DOW-UAP-D49, Launch Summary, Vandenberg AFB, 2000
Agency: Department of War
Incident date: 2/3/00
Page 92
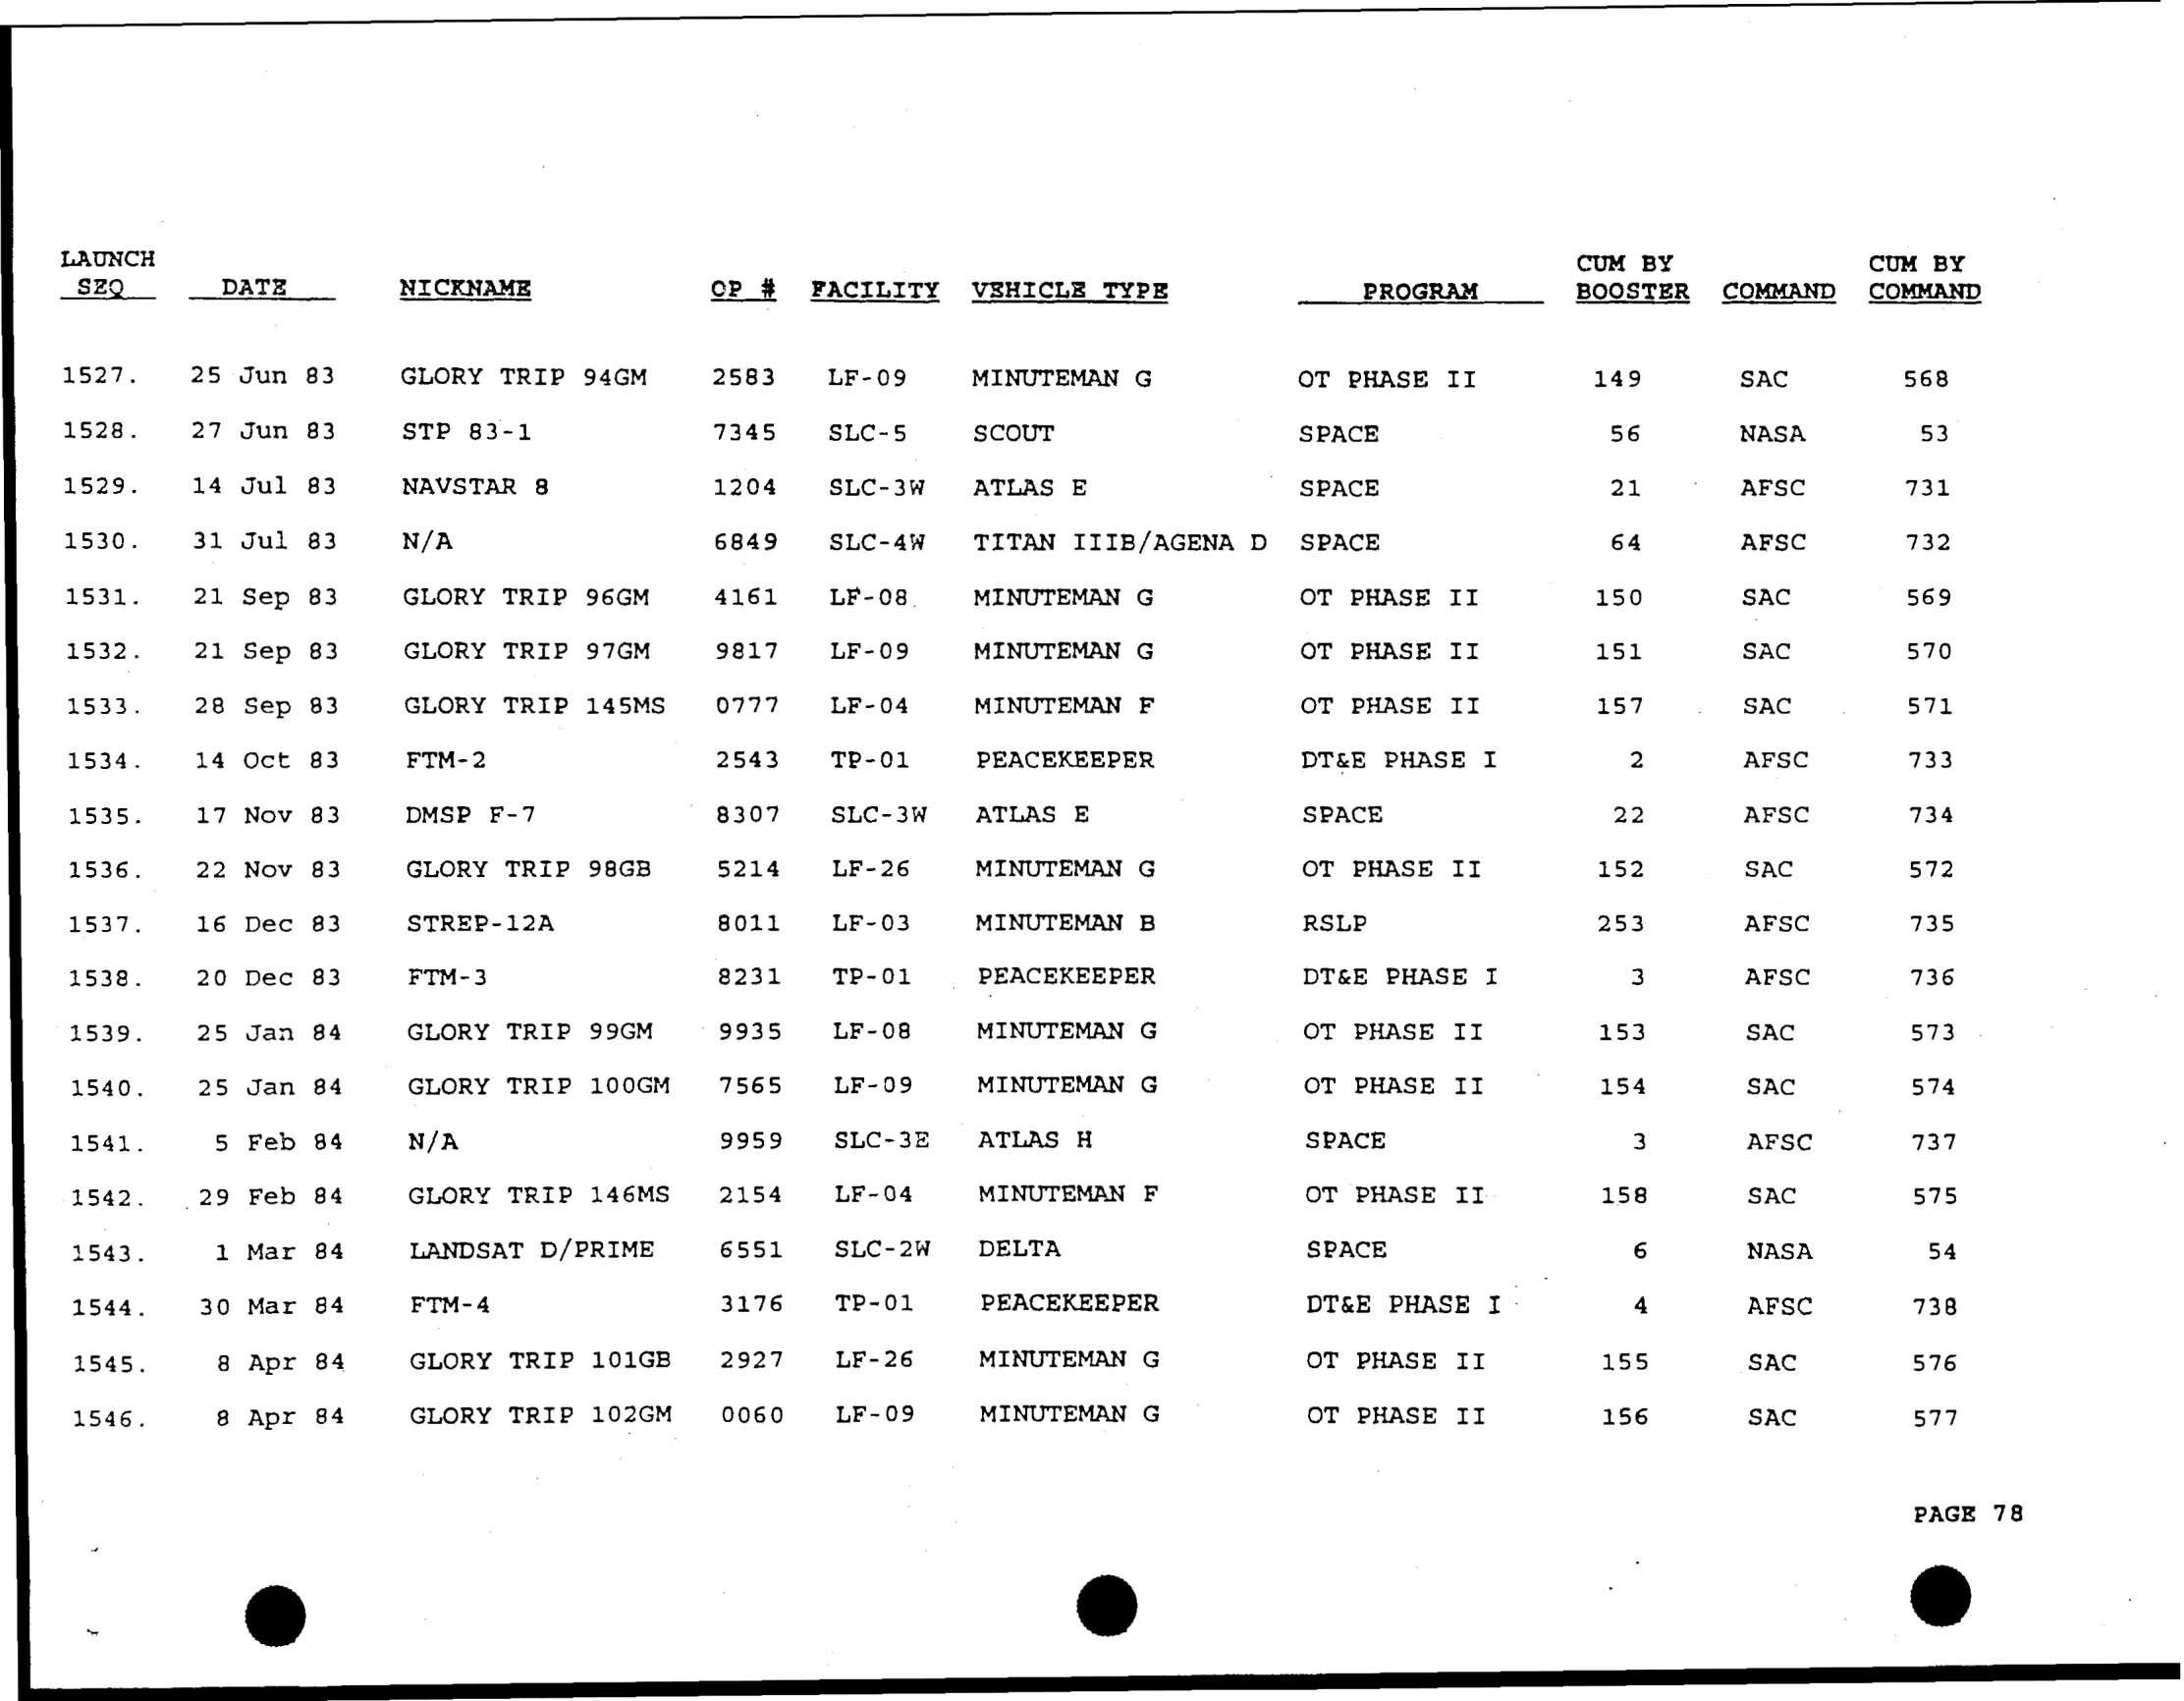